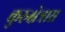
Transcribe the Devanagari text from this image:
कुरुक्षेत्रास